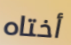
أختاه